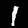
Digit: 1